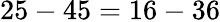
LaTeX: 25-45=16-36